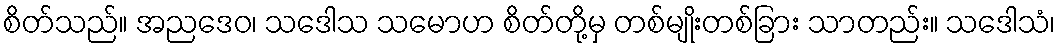
စိတ်သည်။ အညဒေဝ၊ သဒေါသ သမောဟ စိတ်တို့မှ တစ်မျိုးတစ်ခြား သာတည်း။ သဒေါသံ၊